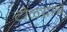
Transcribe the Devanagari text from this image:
टोळय़ांचे